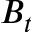
B _ { t }